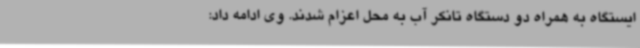
ایستگاه به همراه دو دستگاه تانکر آب به محل اعزام شدند. وی ادامه داد: